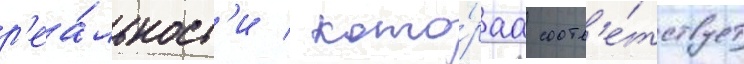
р'еа́льност'и / кото́раа соотв'е́тствует